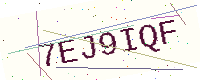
Text: 7EJ9IQF